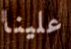
علينا